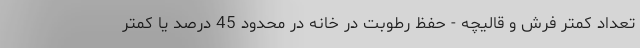
تعداد کمتر فرش و قالیچه - حفظ رطوبت در خانه در محدود 45 درصد یا کمتر